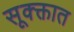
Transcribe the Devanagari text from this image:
सूक्क्तात